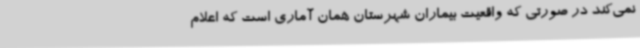
نمی‌کند در صورتی که واقعیت بیماران شهرستان همان آماری است که اعلام